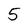
Character: 5